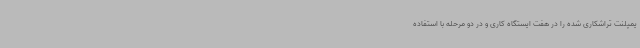
یمپلنت تراشکاری شده را در هفت ایستگاه کاری و در دو مرحله با استفاده